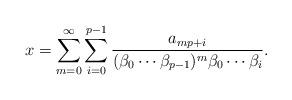
LaTeX: \begin{align*}x=\sum_{m=0}^\infty \sum_{i=0}^{p-1} \frac{a_{mp+i}}{(\beta_0\cdots\beta_{p-1})^m\beta_0\cdots\beta_i}.\end{align*}